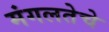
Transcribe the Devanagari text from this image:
मंगलतेचे